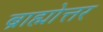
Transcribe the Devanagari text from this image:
ब्राह्मोत्तर